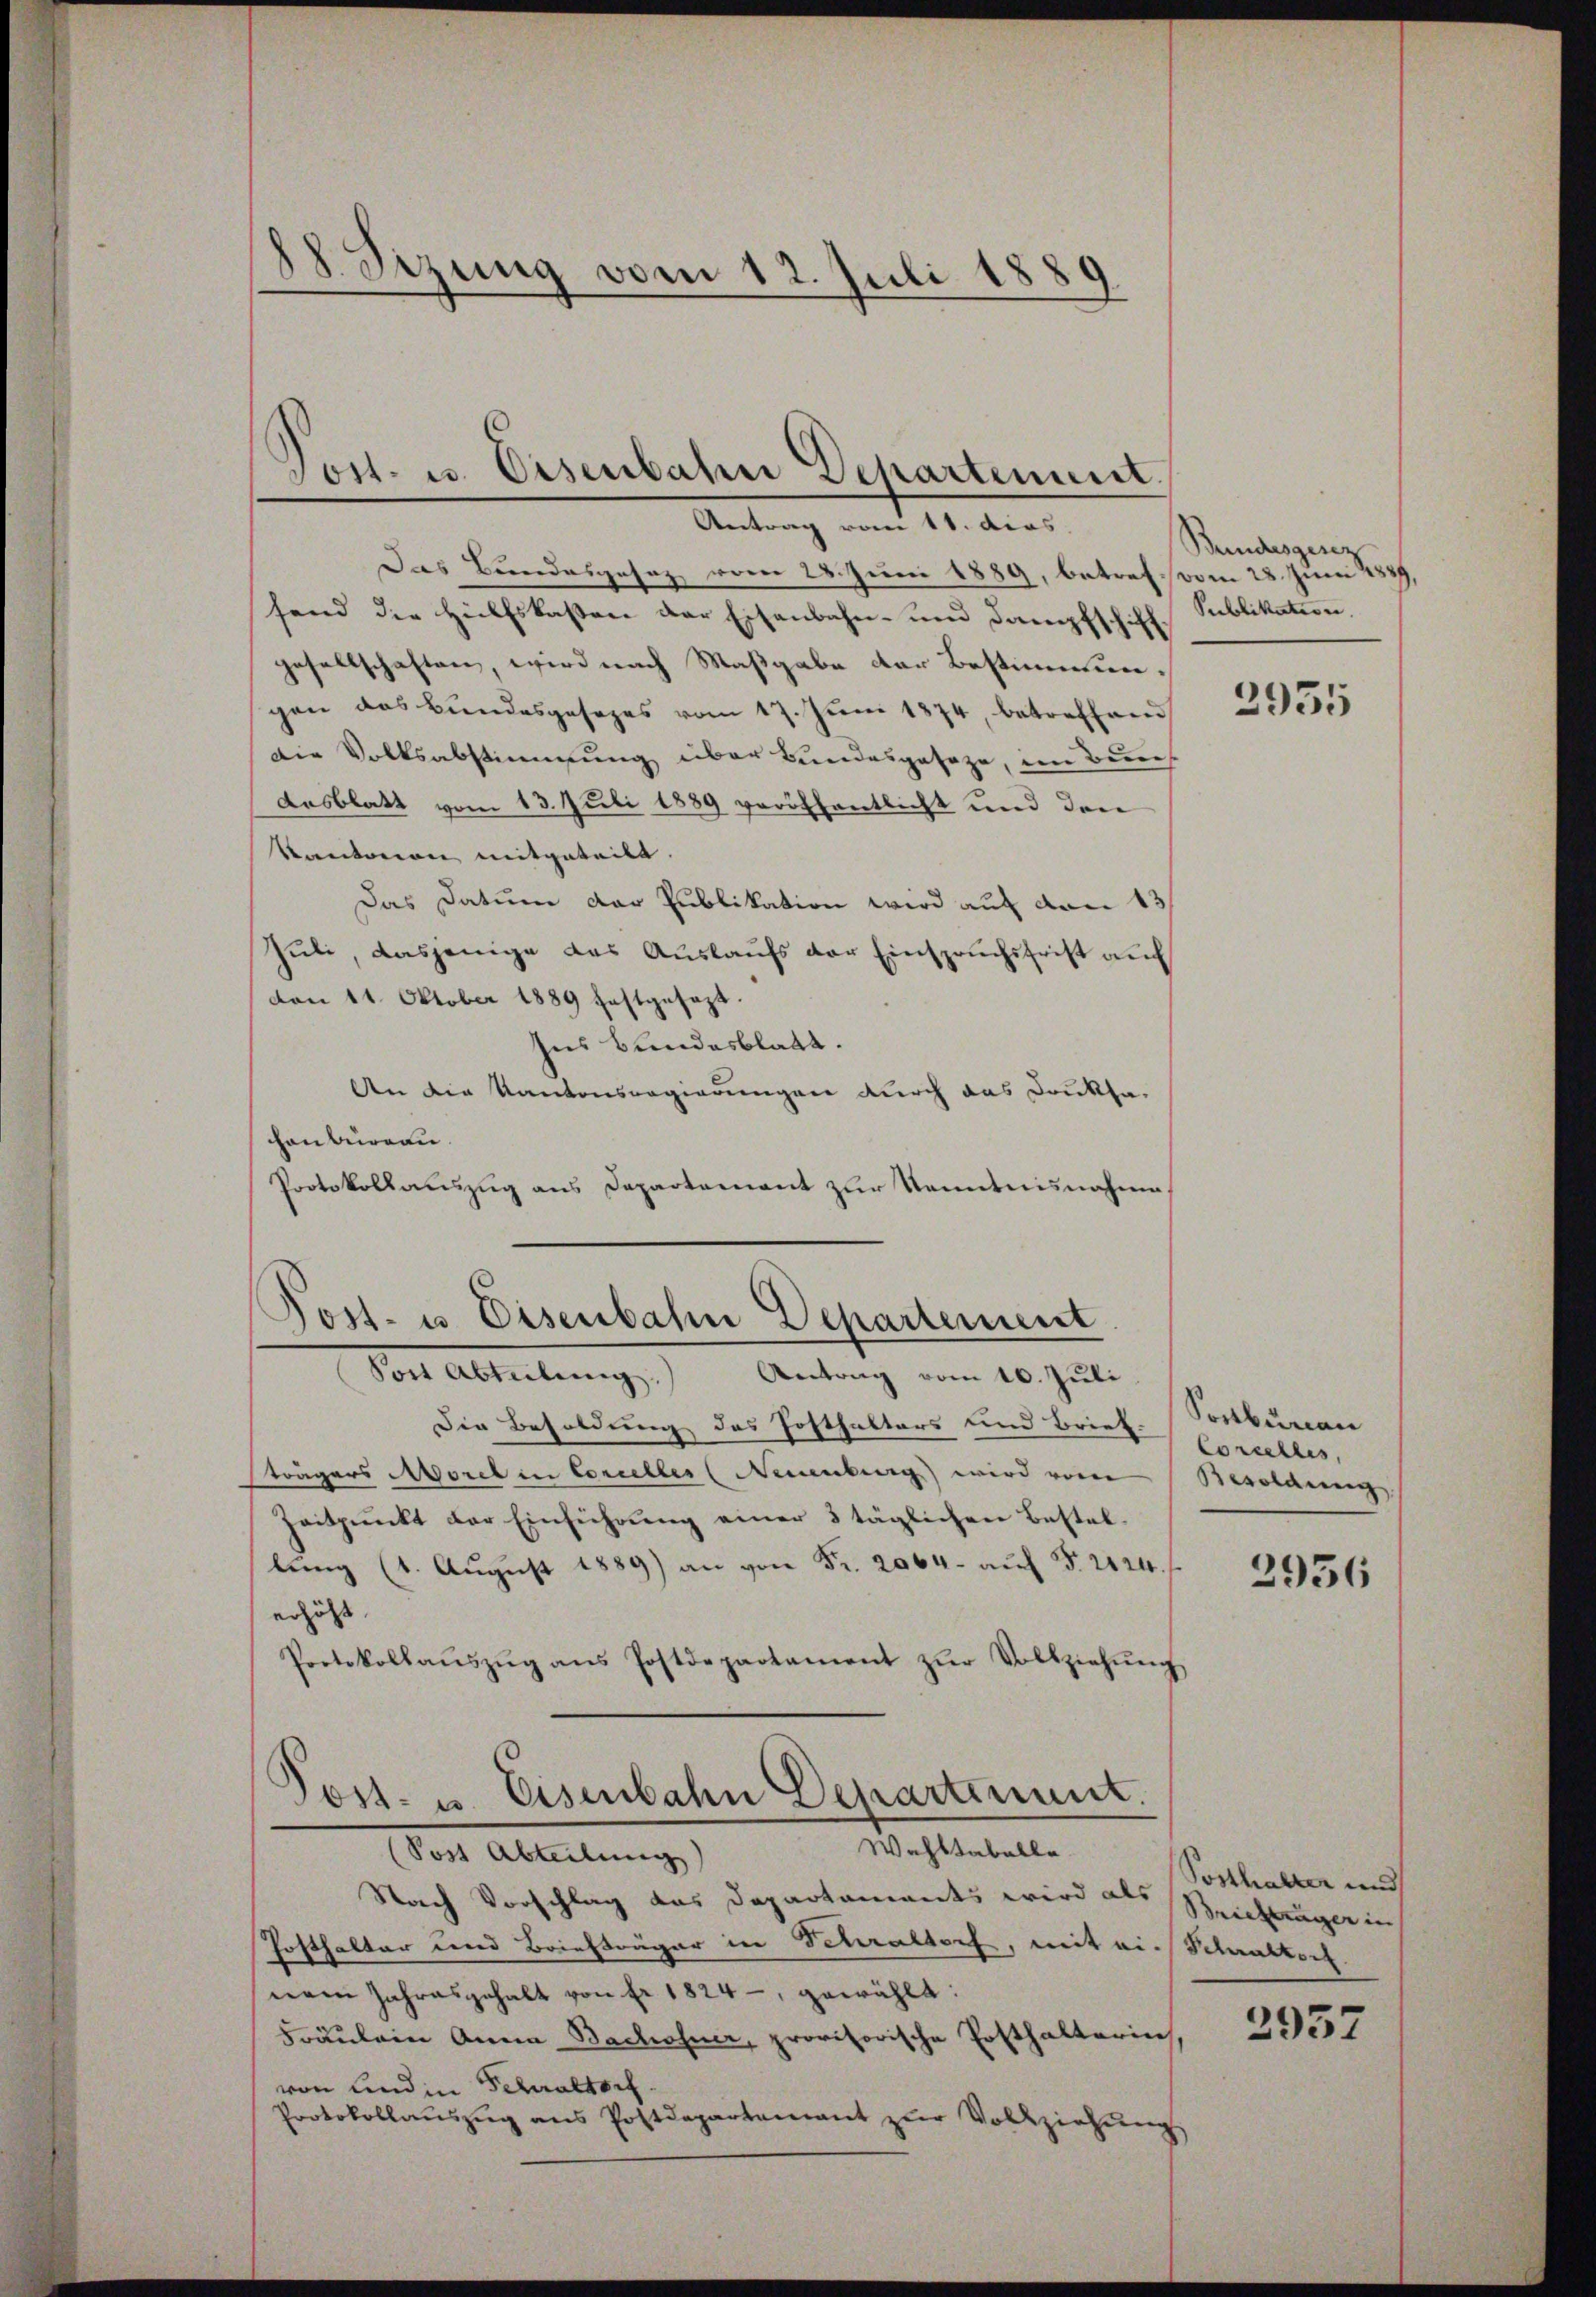
88. Setzung vom 12. Juli 1889
J

Das Bundesgesetz vom 28. Juni 1889, betreff vom 28. Juni 1839,
fend die Hülfskasten der Eisenbahn- und Dampfschiffgesellschaften, wird nach Maßgabe der Bestimmungen das Bundesgesetzes vom 17. Juni 1874, betreffend
Die Volksabstimmung über Bundesgeseze, im Bun
desblatt vom 13. Juli 1889 veröffentlicht und drei
Kantonion mitgeteilt.
Das Datum der Publikation wird auf von 13
Juli, dasjenige das Auslaufs der Einspruchsfrist auf
don 11. Oktober 1889 festgesezt.
ses Bundesblatt.
An die Kantonsregierungen durch das Druksahenbüreau.
Protokollauszug aus Departement zur Kenntnisnahme

Die Besoldung des Posthalters und Brief. Sortbenan
trägers Morel in Conceller (Neuenburg) wird vom Besoldung
Zeitpunkt der Einführŭng einer 8 täglichen Bestel-
lung (1. August 1889) an von Fr. 2064 auf § 2124.
erhöht |
Protokollaŭszŭg ans Postdepartament zŭr Vollziehŭng
Post- u. Eisenbahn Departement.
Wohltabelle
(Post Abteilung)
Nach Vorschlag das Departaments wird als Reichträger in
Hofthalter und Briefträger in Schraltorf, mit ein Schraltorf.
nem Jahresgehalt von Fr. 1824 - gewählt:
Fräulein Anna Bachofner, provisorische Posthalterin,
von und in Schraltorf.
Protokollauszug aus Postdepartement zŭr Vollziehung

Jost u. Eisenbahn Departement.
Antrag vom 11. dias.

Post- u. Eisenbahn Departement
Post Abteilŭng Antrag vom 10. Jŭli

Bundesgesez
Publikation.

2955

Corcelles,

2956

Posthalter und

2957